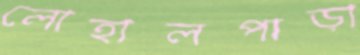
লোহালপাড়া